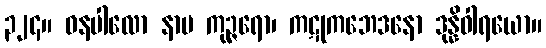
၃၂၄။ ဓနပါလော နာမ ကုဉ္ဇရော၊ ကဋုကဘေဒနော ဒုန္နိဝါရယော။